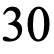
30